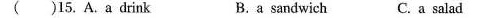
()15.A. a drink B. a sandwich C. a salad